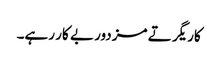
کاریگر تے مزدور بے کار رہے۔